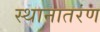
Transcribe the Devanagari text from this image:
स्थानातरंण